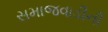
સમાજવાડીની